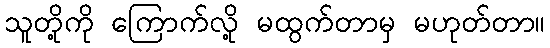
သူတို့ကို ကြောက်လို့ မထွက်တာမှ မဟုတ်တာ။